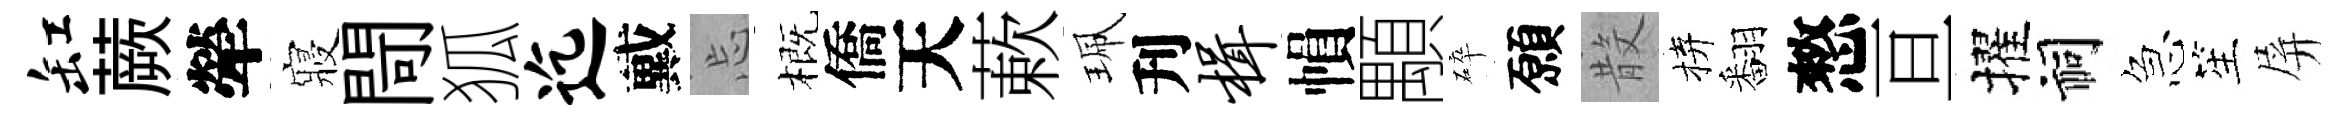
缸蕨犖寢閜狐迄戴忘概僑天蔌珮刋楫𢄙顒碎願𣪚拚翻憗亘擢祠急笙屏